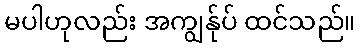
မပါဟုလည်း အကျွန်ုပ် ထင်သည်။